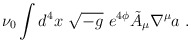
\begin{align*}\nu_0 \int d^4 x\ \sqrt{-g}\ e^{4\phi}\tilde A_\mu \nabla^\mu a\ .\end{align*}